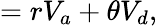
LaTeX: =rV_{a}+\theta V_{d},